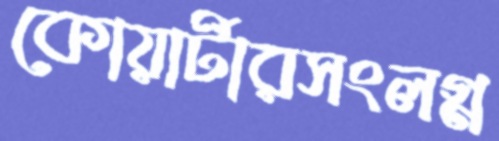
কোয়ার্টারসংলগ্ন